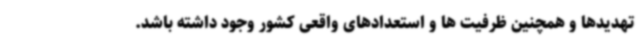
تهدیدها و همچنین ظرفیت ها و استعدادهای واقعی کشور وجود داشته باشد.